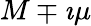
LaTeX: M\mp\imath\mu